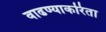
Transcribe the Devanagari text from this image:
वाढण्याकरिता